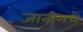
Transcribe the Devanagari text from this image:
जातीमधे